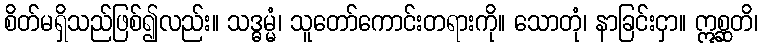
စိတ်မရှိသည်ဖြစ်၍လည်း။ သဒ္ဓမ္မံ၊ သူတော်ကောင်းတရားကို။ သောတုံ၊ နာခြင်းငှာ။ ဣစ္ဆတိ၊